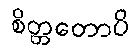
စိတ္တတောပိ